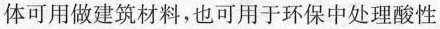
体可用做建筑材料，也可用于环保中处理酸性